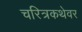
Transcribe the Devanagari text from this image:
चरित्रकथेवर